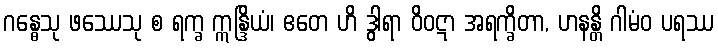
ဂန္ဓေသု ဖဿေသု စ ရက္ခ ဣန္ဒြိယံ၊ ဧတေ ဟိ ဒွါရာ ဝိဝဋာ အရက္ခိတာ, ဟနန္တိ ဂါမံဝ ပရဿ